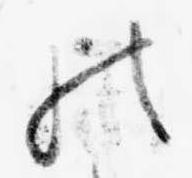
の